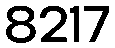
8217